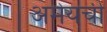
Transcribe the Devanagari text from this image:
अमेयची